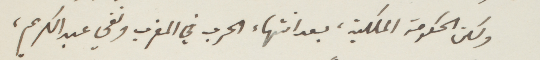
ولكن الحكومة الملكية، بعد انتهاء الحرب في المغرب ونفي عبد الكريم،